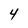
Character: 4